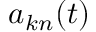
a _ { k n } ( t )